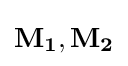
\mathbf {M_{1}} ,\mathbf {M_{2}}